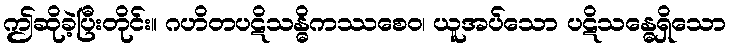
ဤဆိုခဲ့ပြီးတိုင်း။ ဂဟိတပဋိသန္ဓိကဿစေဝ၊ ယူအပ်သော ပဋိသန္ဓေရှိသော